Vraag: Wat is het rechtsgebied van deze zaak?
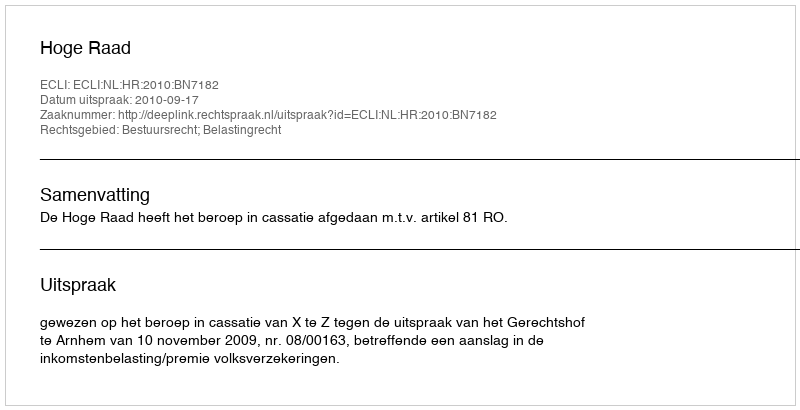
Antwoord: Bestuursrecht; Belastingrecht